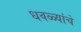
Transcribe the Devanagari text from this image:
धवळ्यांचे